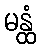
မန္ထံ